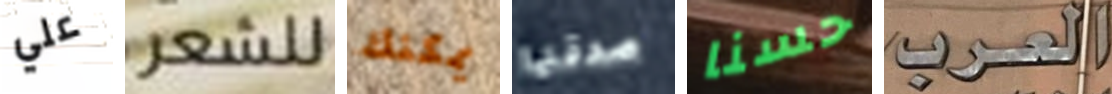
علي للشعر يمكنك صدقتها حسنا العرب